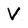
Character: V